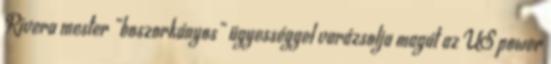
Rivera mester „boszorkányos” ügyességgel varázsolja magát az US power